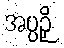
အပ္ပဉှိ